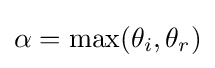
\alpha =\max(\theta _{i},\theta _{r})